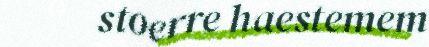
stoerre haestemem